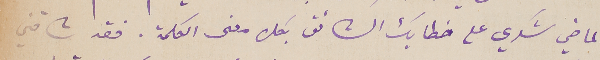
الماضي شكري على خطابك الشائق بكل معنى الكلمة. فقد شاقني